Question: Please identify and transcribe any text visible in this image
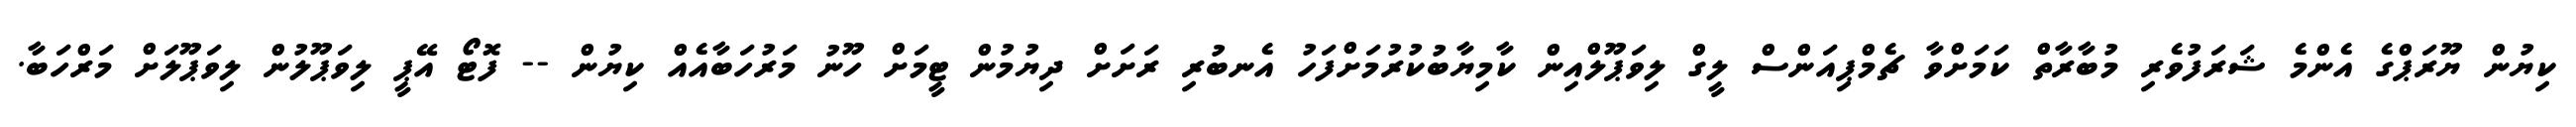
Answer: ކިޔުން ޔޫރަޕްގެ އެންމެ ޝަރަފުވެރި މުބާރާތް ކަމަށްވާ ޗެމްޕިއަންސް ލީގް ލިވަޕޫލްއިން ކާމިޔާބުކުރުމަށްފަހު އެނބުރި ރަށަށް ދިޔުމުން ޓީމަށް ހޫނު މަރުހަބާއެއް ކިޔުން -- ފޮޓޯ އޭޕީ ލިވަޕޫލުން ލިވަޕޫލަށް މަރްހަބާ.